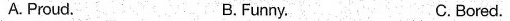
A.Proud. B.Funny. C.Bored.